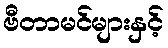
ဗီတာမင်များနှင့်